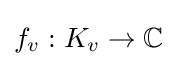
f_{v}:K_{v}\to \mathbb {C}